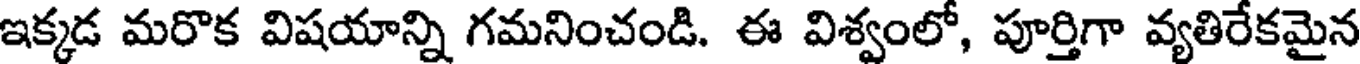
ఇక్కడ మరొక విషయాన్ని గమనించండి. ఈ విశ్వంలో, పూర్తిగా వ్యతిరేకమైన